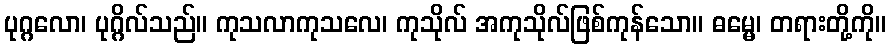
ပုဂ္ဂလော၊ ပုဂ္ဂိလ်သည်။ ကုသလာကုသလေ၊ ကုသိုလ် အကုသိုလ်ဖြစ်ကုန်သော။ ဓမ္မေ၊ တရားတို့ကို။